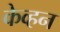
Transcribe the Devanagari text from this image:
केव्हन